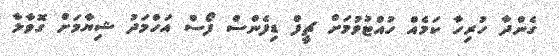
ގެންދާ ހުރިހާ ކަމެއް ހުއްޓުވުމަށް ޗީފް ޑިފެންސް ފޯސް އަހްމަދު ޝިޔާމަށް ގޮވާލާ